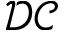
\mathcal { D C }